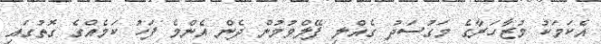
އެކަމަކު މުޒާހަރާގެ މަގުސަދު ގެއްލި ފޭލްވުމުން ދެން އެންމެ ފަހު ކަމެއްގެ ގޮތުގައި